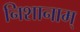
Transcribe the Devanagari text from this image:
निशानाम्